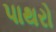
પાથરો